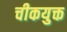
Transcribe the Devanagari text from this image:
चीकयुक्त